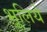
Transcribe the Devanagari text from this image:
भूलिये